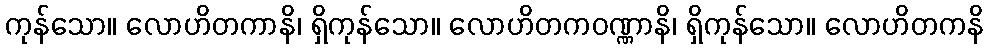
ကုန်သော။ လောဟိတကာနိ၊ ရှိကုန်သော။ လောဟိတကဝဏ္ဏာနိ၊ ရှိကုန်သော။ လောဟိတကနိ